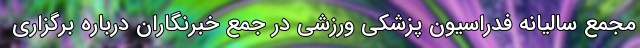
مجمع سالیانه فدراسیون پزشکی ورزشی در جمع خبرنگاران درباره برگزاری